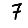
Digit: 7